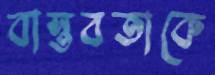
বাস্তবতাকে